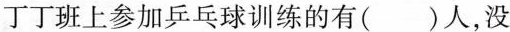
丁丁班上参加乒乓球训练的有( )人，没